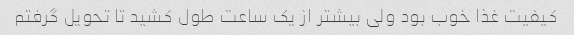
کیفیت غذا خوب بود ولى بیشتر از یک ساعت طول کشید تا تحویل گرفتم